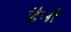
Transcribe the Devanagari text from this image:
हैनौ